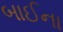
બાઈના